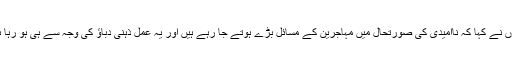
انہوں نے کہا کہ ناامیدی کی صورتحال میں مہاجرین کے مسائل بڑے ہوتے جا رہے ہیں اور یہ عمل ذہنی دباؤ کی وجہ سے ہی ہو رہا ہے۔